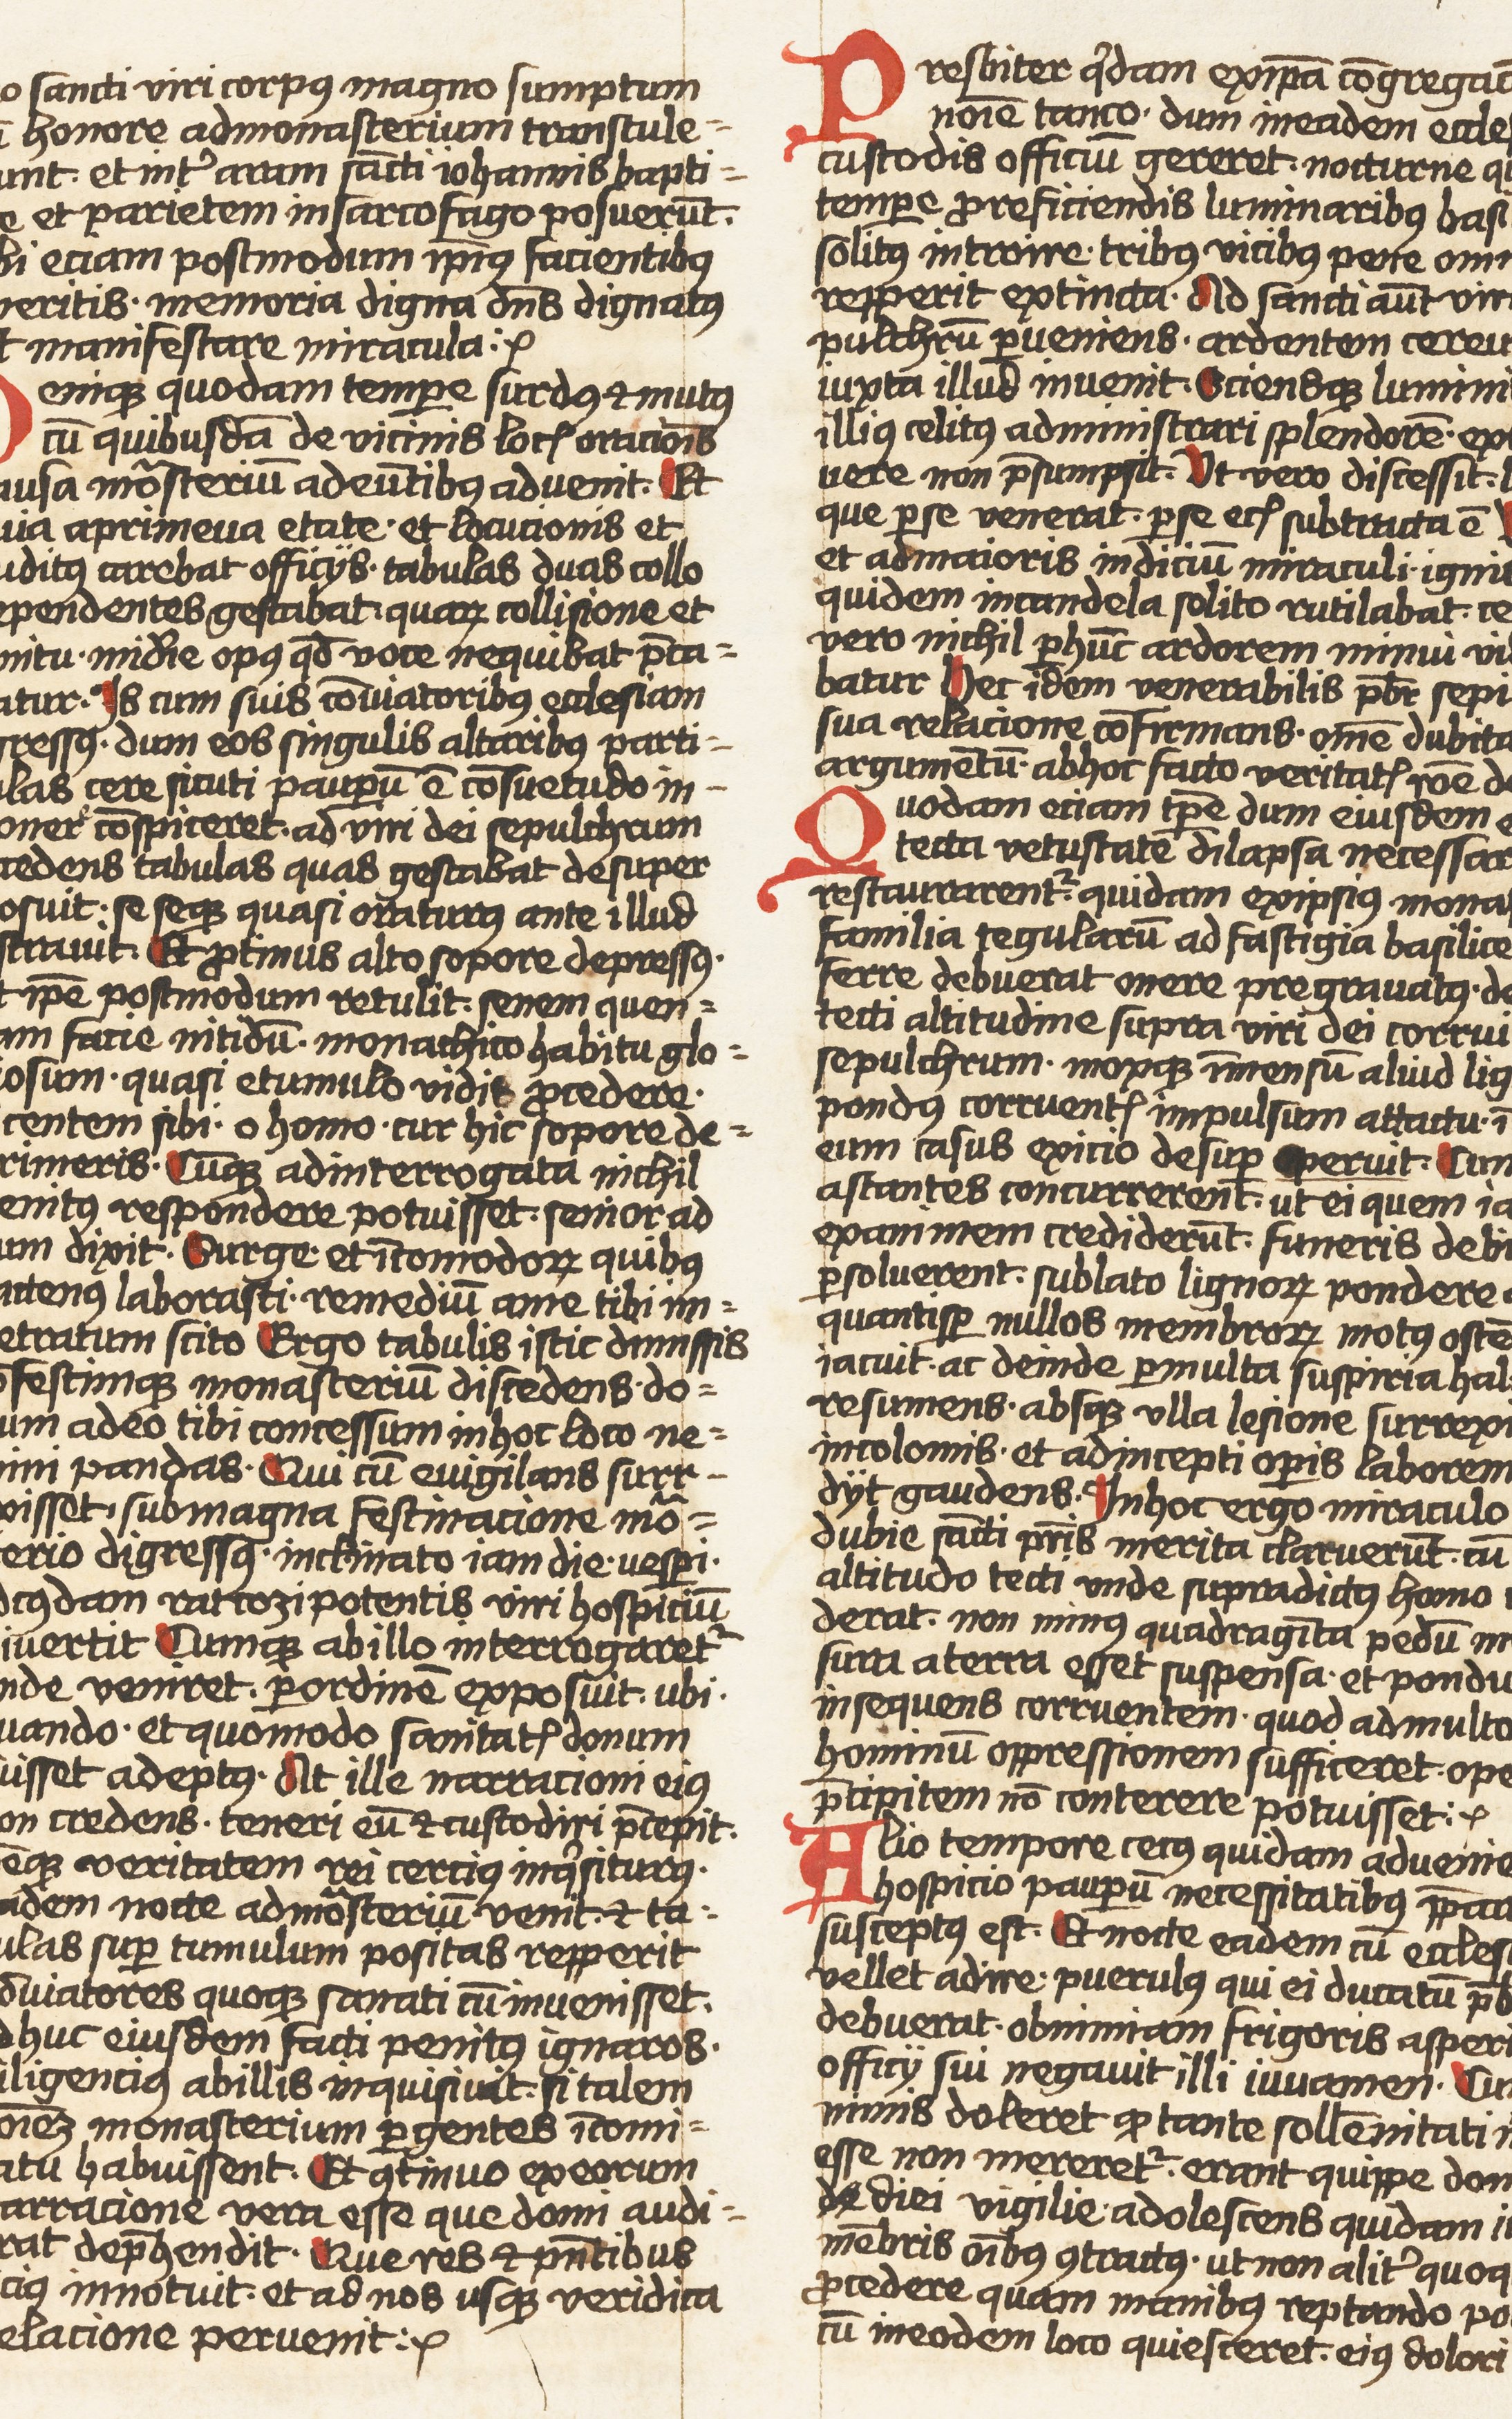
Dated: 1452–1459